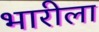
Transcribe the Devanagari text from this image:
भारीला